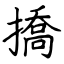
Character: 撟